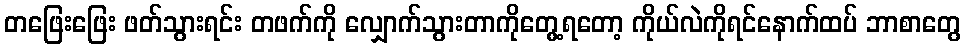
တဖြေးဖြေး ဖတ်သွားရင်း တဖက်ကို လျှောက်သွားတာကိုတွေ့ရတော့ ကိုယ်လဲကိုရင်နောက်ထပ် ဘာစာတွေ